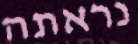
נראתה